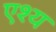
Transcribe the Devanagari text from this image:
एश्य